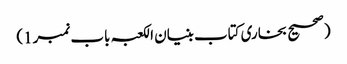
(صحیح بخاری کتاب بنیان الکعبہ باب نمبر1)